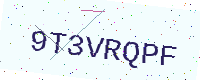
Text: 9T3VRQPF